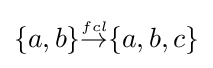
{\textstyle \{a,b\}{\stackrel {\scriptscriptstyle fcl}{\rightarrow }}\{a,b,c\}}